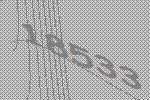
18533